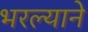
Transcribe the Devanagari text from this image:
भरल्याने